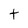
Character: t